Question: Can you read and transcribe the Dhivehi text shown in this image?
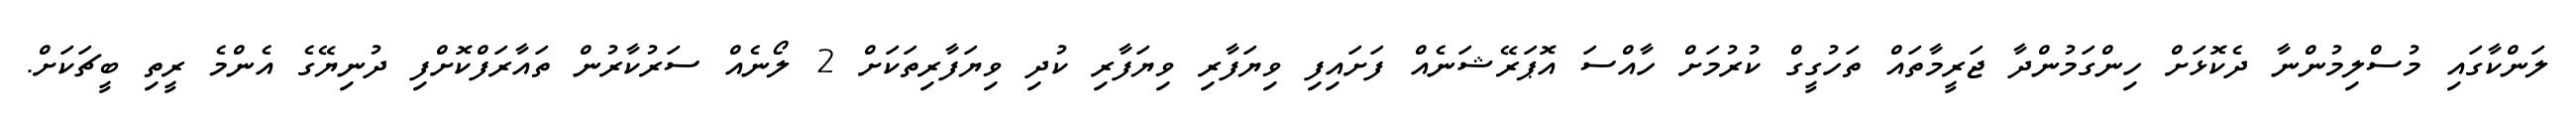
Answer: ލަންކާގައި މުސްލިމުންނާ ދެކޮޅަށް ހިންގަމުންދާ ޖަރީމާތައް ތަހުގީގް ކުރުމަށް ހާއްސަ އޮޕަރޭޝަނެއް ފަށައިފި ވިޔަފާރި ވިޔަފާރި ކުދި ވިޔަފާރިތަކަށް 2 ލޯނެއް ސަރުކާރުން ތައާރަފްކޮށްފި ދުނިޔޭގެ އެންމެ ރީތި ބީޗަކަށް.